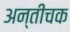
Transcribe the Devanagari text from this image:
अन्तीचक